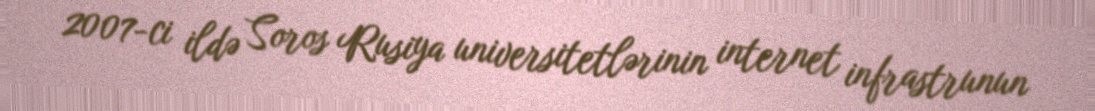
2007-ci ildə Soros Rusiya universitetlərinin internet infrastrunun